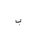
Letter: _ba